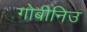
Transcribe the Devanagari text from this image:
गोबीनिउ